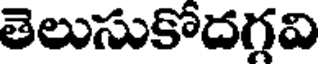
తెలుసుకోదగ్గవి